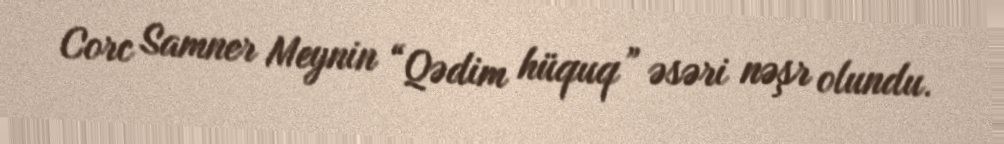
Corc Samner Meynin “Qədim hüquq” əsəri nəşr olundu.